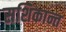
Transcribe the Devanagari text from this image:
सशिकान्त